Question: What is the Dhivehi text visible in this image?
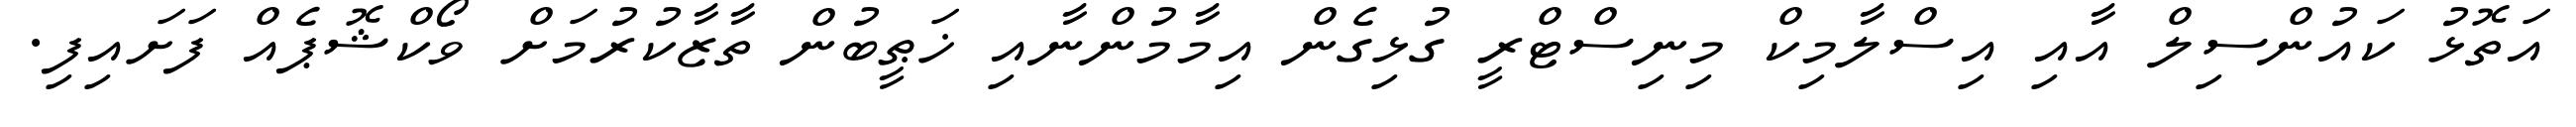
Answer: އަތޮޅު ކައުންސިލް އާއި އިސްލާމިކް މިނިސްޓްރީ ގުޅިގެން އިމާމުންނާއި ޚަޠީބުން ތާޒާކުރުމަށް ވޯކްޝޮޕެއް ފަށައިފި.